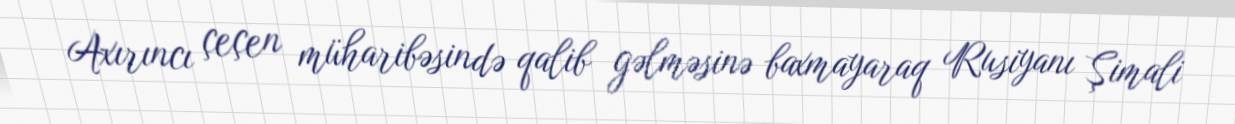
Axırıncı çeçen müharibəsində qalib gəlməsinə baxmayaraq Rusiyanı Şimali